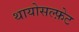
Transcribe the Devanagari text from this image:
थायोसल्फ़ेट